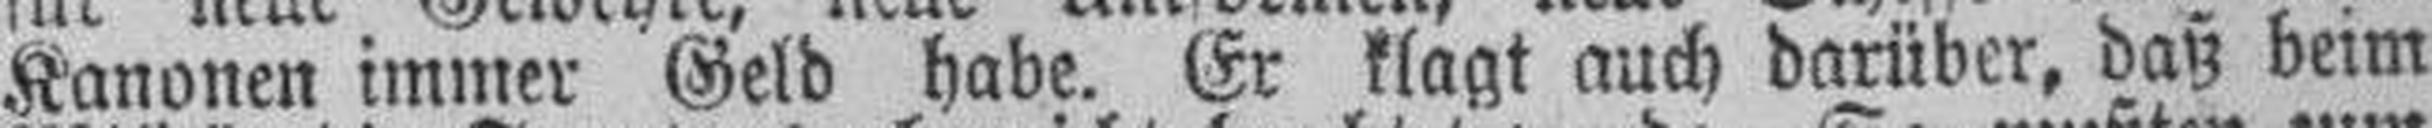
Kanonen immer Geld habe. Er klagt auch darüber, daß beim